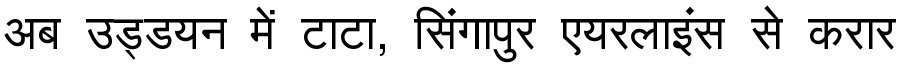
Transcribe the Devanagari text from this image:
अब उड्डयन में टाटा, सिंगापुर एयरलाइंस से करार